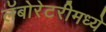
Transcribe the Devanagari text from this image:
लॅबोरेटरीमध्ये